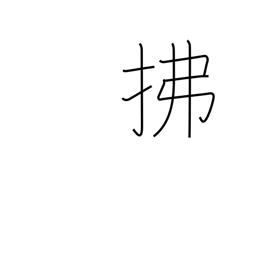
Meaning: sweep away